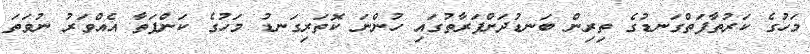
މަހުގެ ކަރުތާފަތްގަނޑުގެ ތިރިން ބަނޑުދަށްފަރާތުގައި ހުންނަ ކޮތަރިގަނޑު މަހުގެ ކަންފަތާ އެއްވަރު ނުވަތަ